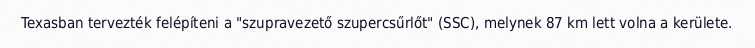
Texasban tervezték felépíteni a "szupravezető szupercsűrlőt" (SSC), melynek 87 km lett volna a kerülete.